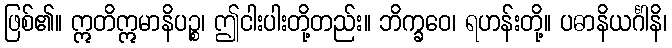
ဖြစ်၏။ ဣတိဣမာနိပဉ္စ၊ ဤငါးပါးတို့တည်း။ ဘိက္ခဝေ၊ ရဟန်းတို့။ ပဓာနိယင်္ဂါနိ၊